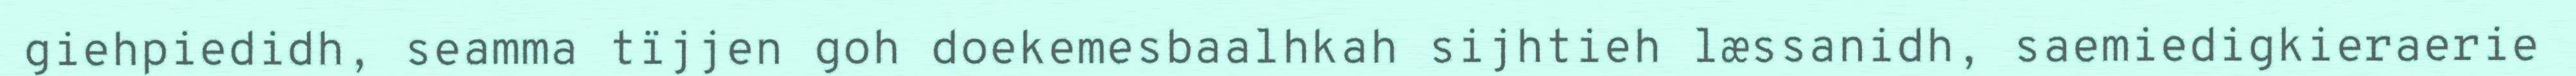
giehpiedidh, seamma tïjjen goh doekemesbaalhkah sijhtieh læssanidh, saemiedigkieraerie